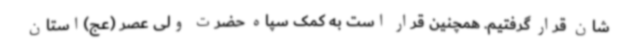
شان قرار گرفتیم. همچنین قرار است به کمک سپاه حضرت ولی عصر (عج)استان